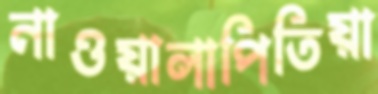
নাওয়ালাপিতিয়া